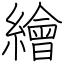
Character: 繪